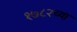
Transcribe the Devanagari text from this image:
१७८२च्या